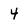
Character: 4